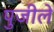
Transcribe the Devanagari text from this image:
पुजीले